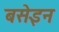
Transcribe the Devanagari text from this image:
बसेइन